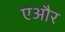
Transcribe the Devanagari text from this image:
एऔर